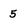
Character: 5